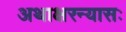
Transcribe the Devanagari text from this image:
अथाक्षरन्यासः